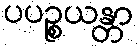
ပပဉ္စယန္တာ